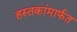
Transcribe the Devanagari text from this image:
हस्तकांमार्फत